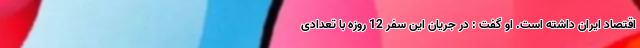
اقتصاد ایران داشته است. او گفت : در جریان این سفر 12 روزه با تعدادی